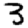
Digit: 3